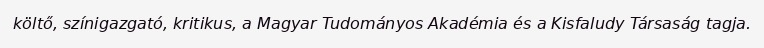
költő, színigazgató, kritikus, a Magyar Tudományos Akadémia és a Kisfaludy Társaság tagja.